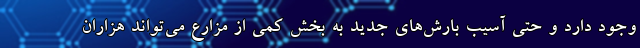
وجود دارد و حتی آسیب بارش‌های جدید به بخش کمی از مزارع می‌تواند هزاران